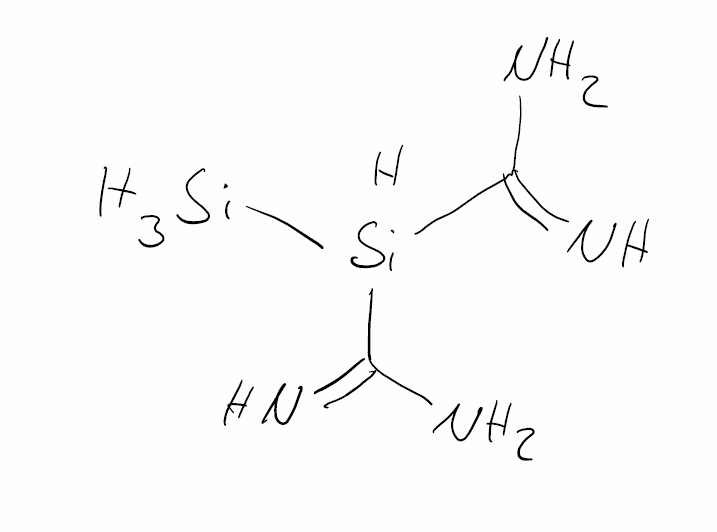
Simplified molecular-input line-entry system (SMILES) notation of the given molecule:
C(=N)(N)[SiH](C(=N)N)[SiH3]